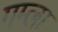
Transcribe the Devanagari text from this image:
गम्ला